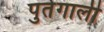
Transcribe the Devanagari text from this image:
पुर्तेगाली